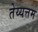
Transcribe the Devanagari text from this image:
तेय्यत्तम